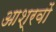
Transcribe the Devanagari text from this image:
आश्रवों